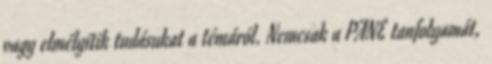
vagy elmélyítik tudásukat a témáról. Nemcsak a PANE tanfolyamát,